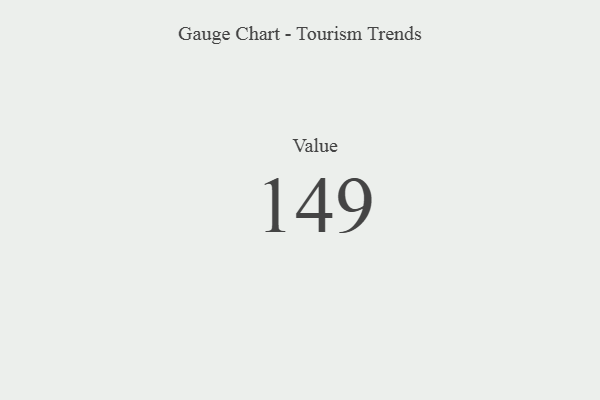
{"axis": {"x": "Metric", "y": "Value"}, "legend": [""], "data": [{"x": "Value", "y": 149, "type": ""}]}